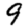
Digit: 9